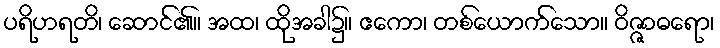
ပရိဟရတိ၊ ဆောင်၏။ အထ၊ ထိုအခါ၌။ ဧကော၊ တစ်ယောက်သော။ ဝိဇ္ဇာဓရော၊